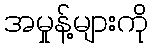
အမှုန့်များကို